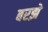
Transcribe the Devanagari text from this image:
बरझे